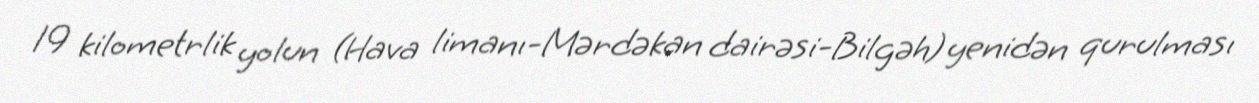
19 kilometrlik yolun (Hava limanı-Mərdəkan dairəsi-Bilgəh) yenidən qurulması